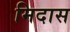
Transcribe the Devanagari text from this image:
मिदास